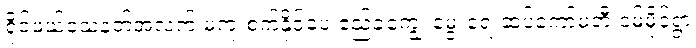
ရိုင်ဖယ်သေနတ်အလက် မကူးစက်နိုင်ပေ ဧည့်ခံကျွေးမွေးရေးဆပ်ကော်မတီ ဝမ်မိုင်ရွာ